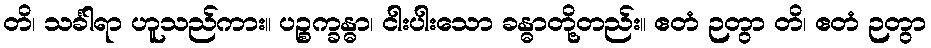
တိ၊ သင်္ခါရာ ဟူသည်ကား။ ပဉ္စက္ခန္ဓာ၊ ငါးပါးသော ခန္ဓာတို့တည်း။ ဧတံ ဉတွာ တိ၊ ဧတံ ဉတွာ